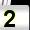
Digit: 2